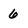
Character: 6